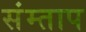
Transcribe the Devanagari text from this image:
संम्ताप